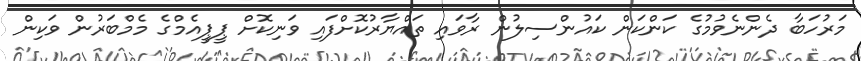
މަރުހަބާ ދެންނެވުމުގެ ކަންކަން ކައުންސިލުން ރާވައި ތައްޔާރުކޮށްފައި ވަނިކޮށް ޕީޕީއެމްގެ މެމްބަރުން ވަކިން